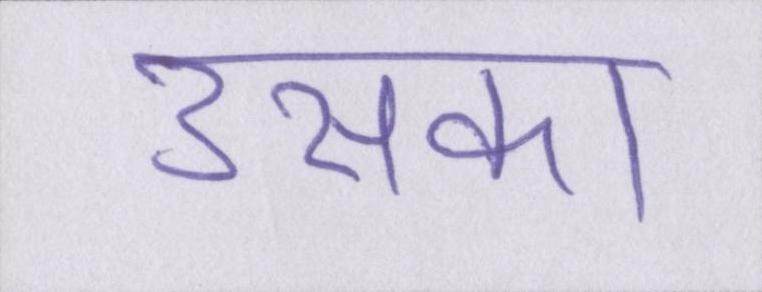
उसका